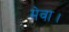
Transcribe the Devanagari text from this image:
मेवा।